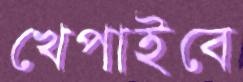
খেপাইবে